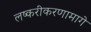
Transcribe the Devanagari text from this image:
लष्करीकरणामागे